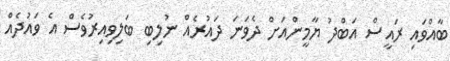
ބާއްވައި ރައީސް އަބްދު ޔާމީންއަށް ދެވަނަ ދައުރެއް ނުލިބި ބަލިވިއިރުވެސް އެ ވައުދެއް